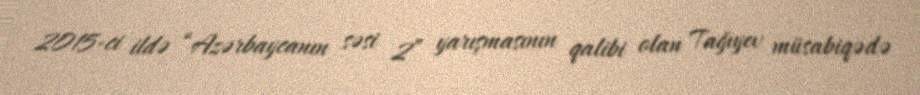
2015-ci ildə “Azərbaycanın səsi 2” yarışmasının qalibi olan Tağıyev müsabiqədə